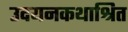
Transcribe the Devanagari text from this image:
उदयनकथाश्रित